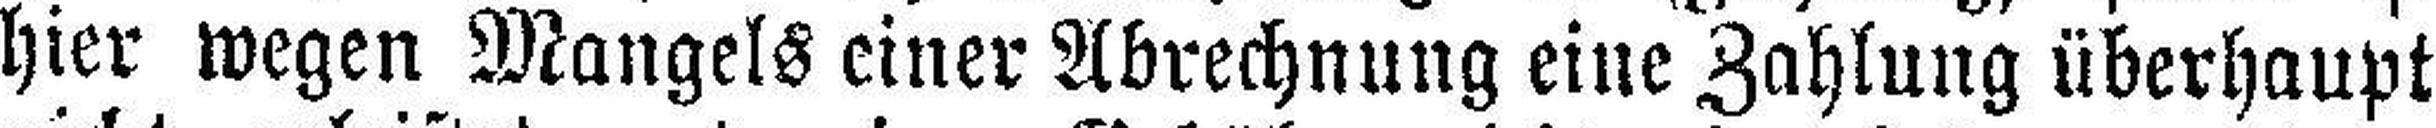
hier wegen Mangels einer Abrechnung eine Zahlung überhaupt